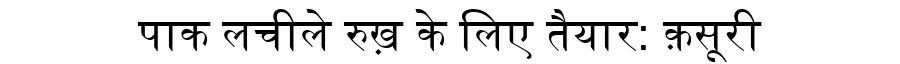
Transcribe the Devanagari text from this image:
पाक लचीले रुख़ के लिए तैयार: क़सूरी